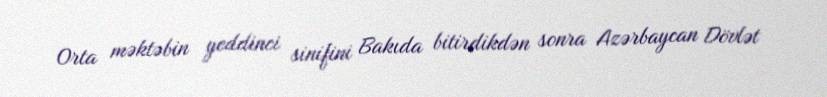
Orta məktəbin yeddinci sinifini Bakıda bitirdikdən sonra Azərbaycan Dövlət